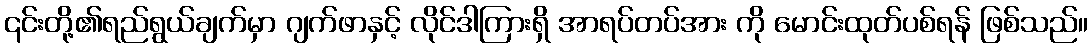
၎င်းတို့၏ရည်ရွယ်ချက်မှာ ဂျက်ဖာနှင့် လိုင်ဒါကြားရှိ အာရပ်တပ်အား ကို မောင်းထုတ်ပစ်ရန် ဖြစ်သည်။